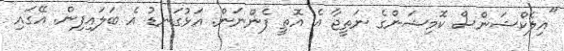
"އިލެކްޝަންސް ކޮމިޝަންގެ ނަތީޖާ އެ އޮތީ ފެންނަން. އަޅުގަނޑު އެ ބަލައިފިން. އޭގައި